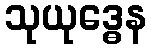
သုယုဒ္ဓေန